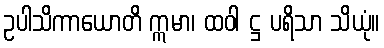
ဥပါသိကာယောတိ ဣမာ၊ ထဝါ ဋ္ဌ ပရိသာ သိယုံ။